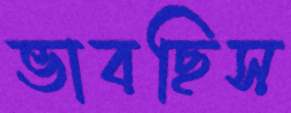
ভাবছিস